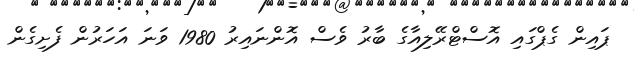
ޕައިން ގެޕްގައި އޮސްޓްރޭލިއާގެ ބާރު ވެސް އޮންނައިރު 1980 ވަނަ އަހަރުން ފެށިގެން